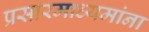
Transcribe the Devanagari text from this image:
प्रसारमाध्यमांना